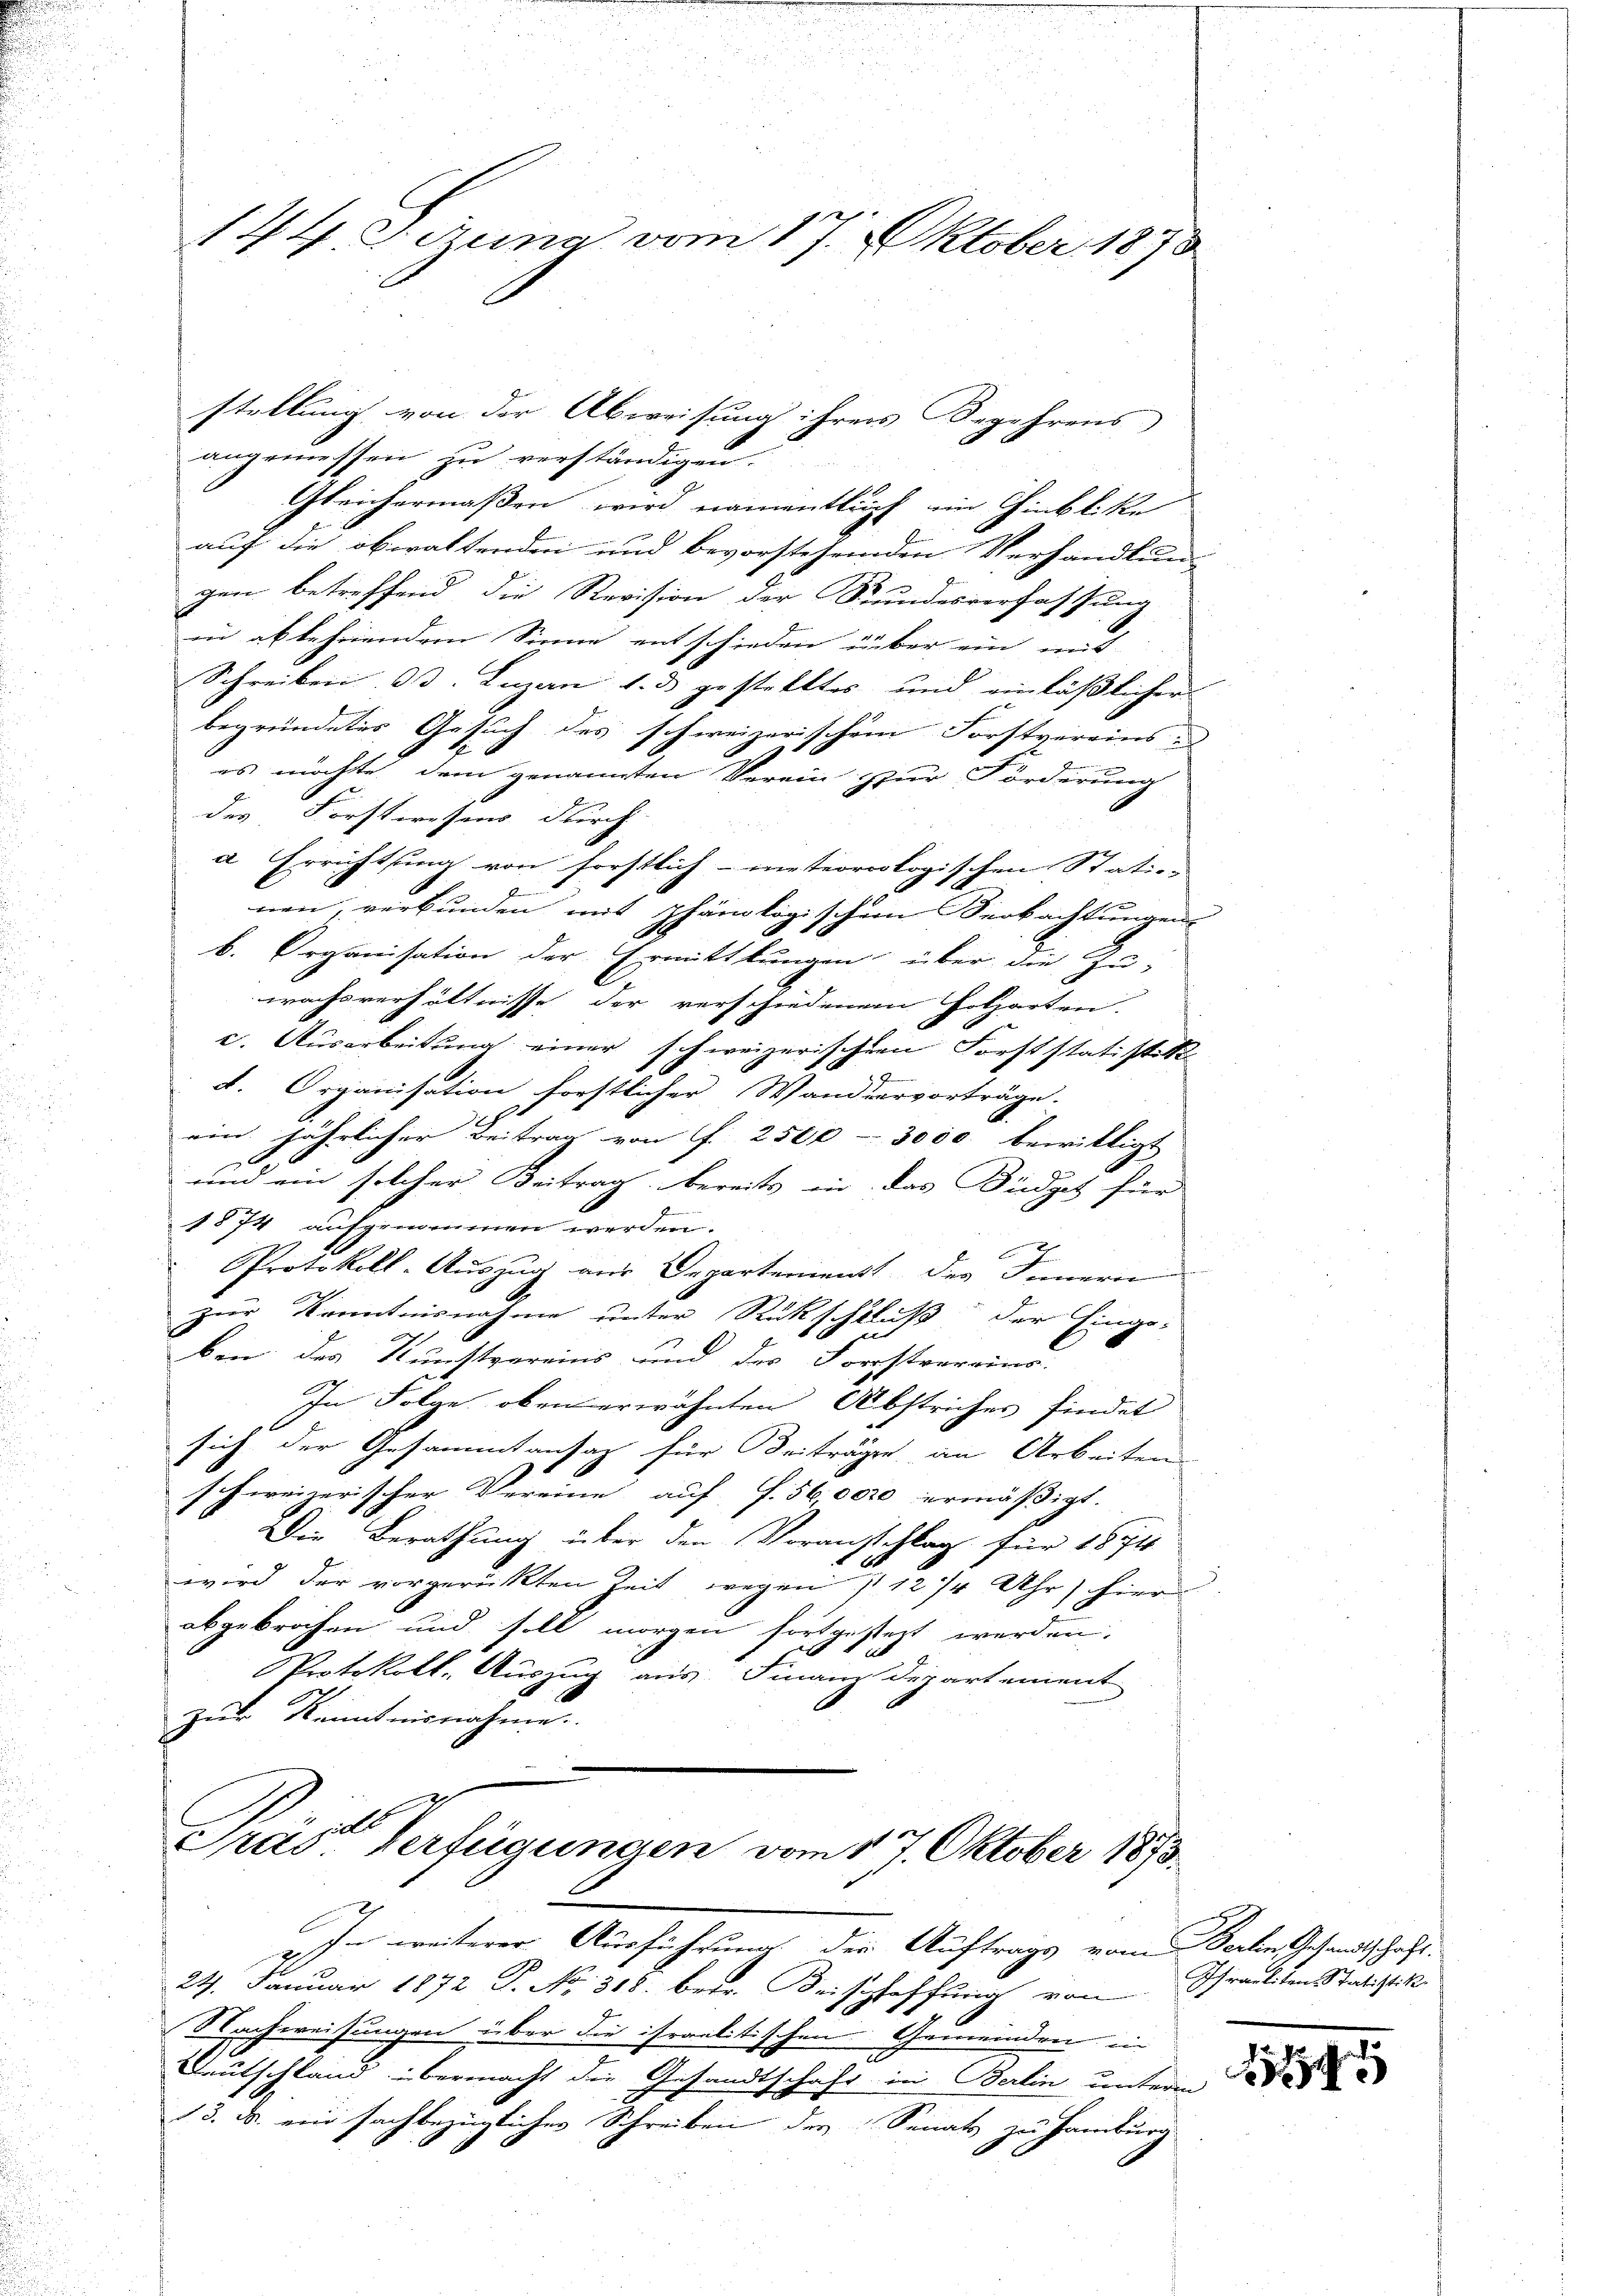
angemessen zu verständigen.
Gleichermaßen wird namentlich im Hinblicke
auf die obwaltenden und bevorstehenden Verhandlung
gen betreffend die Revision der Stundesverfassung
in abkehrendem Sinne entschieden über ein und
Schreiben od. Luzern 1. ds. gestelltes und einläßlicher
begründetes Gesuch des schweizerischem Forstvereins
es möchte dem genannten Verein zur Förderung
des Forstwesens durch
a Errichtung von forstlich - meteorologischen Statio- |
nen, verbunden mit phänlogischen Beobachtungen,
b. Organisation der Ermittlungen über die Zu-
wachsverhältnisse der verschiedenem Holzarten.
c. Ausarbeitung einer schweizerischen Forststatistik
d. Organisation forstlicher Wandvervorträge.
ein jährlicher Beitrag von f. 2500 - 3000 bewilligt
und ein solcher Beitrag bereits in das Büdget für
1874 aufgenommen werden.
Protokoll-Auszug aus Departement des Innern
zur Kenntnisnahme unter Rückschluß der Einge-
ben des Kunstvereins und der Forstrareins.
In Folge oben erwähnten Abstriches findet
sich der Gesammtansatz für Beiträgen, an Arbeiten
schweizerischer Vereine auf f. 56,0000 ermässigt.
Die Berathung über den Voransschlag für 1874
wird der vorgerückten Zeit wegen 1 12/4 Uhr) hier
abgebrochen und soll morgen fortgesteht werden,
E
Protokolls-Auszug aus. Finanz Departement
zur Kenntnisnahmen.
x
Pras. Verfügungen vom 1t Oktober 1873

144 Zizena vom 17. Oktober 1873

stellung von der Abweisung ihrers Begehrens

In weiterer Ausführung der Auftrags vom Bern Gesandtschaft.
24. Januar 1872 P. No. 318. betr. Beischaffung von
Nachweisungen über die israelitischen Gemeinden in
Deutschland übermacht die Gesandtschaft in Berlin unterm
3. M. ein sachbezüglicher Schreiben der Senats zu Hamburg

Israeliten Statistik
45